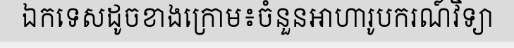
ឯកទេសដូចខាងក្រោម៖ចំនួនអាហារូបករណ៍វិទ្យា